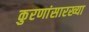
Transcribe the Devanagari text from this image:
कुरणांसारख्या